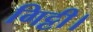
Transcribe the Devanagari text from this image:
गिट्टी।